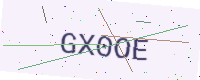
Text: GX0OE